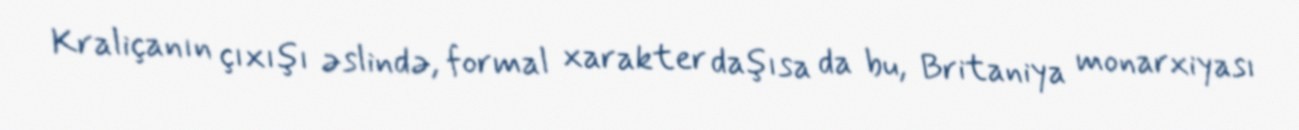
Kraliçanın çıxışı əslində, formal xarakter daşısa da bu, Britaniya monarxiyası